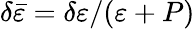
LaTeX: \delta\bar{\varepsilon}=\delta\varepsilon/(\varepsilon+P)